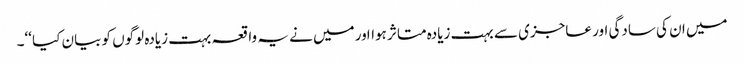
میں ان کی سادگی اور عاجزی سے بہت زیادہ متاثر ہوااور میں نے یہ واقعہ بہت زیادہ لوگوں کو بیان کیا ‘‘۔